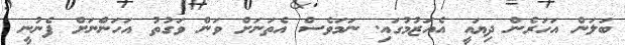
ބަލަން އަހަރެން ދިޔައީ އެއަޒުމުގައި. ނަމަވެސް އެތަނަށް ވަން ވަގުތު އަހަންނަށް ފެނުނީ